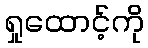
ရှုထောင့်ကို